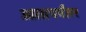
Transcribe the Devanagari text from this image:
आतापर्यंतर